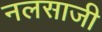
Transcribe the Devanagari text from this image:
नलसाजी